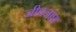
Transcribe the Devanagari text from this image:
जीवनाश